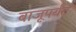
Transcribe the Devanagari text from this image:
बाजूपर्यंत